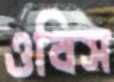
ওবিস